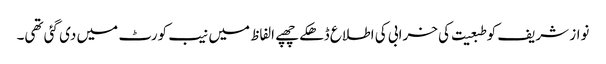
نواز شریف کو طبعیت کی خرابی کی اطلاع ڈھکے چھپے الفاظ میں نیب کورٹ میں دی گئی تھی۔